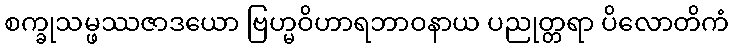
စက္ခုသမ္ဖဿဇာဒယော ဗြဟ္မဝိဟာရဘာဝနာယ ပညုတ္တရာ ပိလောတိကံ